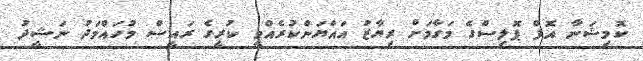
ކޮމިޝަނާ އޮފް ޕޮލިސްގެ މަގާމަށް ރިޔާޒު އައްޔަންކުރެއްވީ ކުރީގެ ރައީސް މުހައްމަދު ނަޝީދު